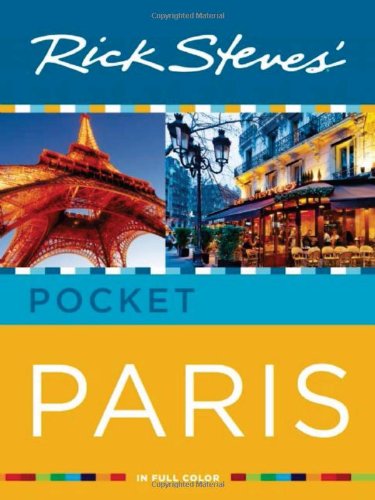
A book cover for Rick Steves' Pocket Paris; Rick Steves; Travel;